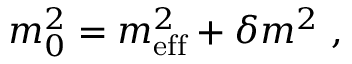
m _ { 0 } ^ { 2 } = m _ { \mathrm { e f f } } ^ { 2 } + \delta m ^ { 2 } ~ ,